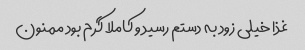
غذا خیلی زود به دستم رسید و کاملا گرم بود ممنون